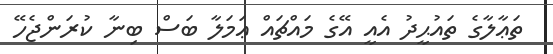
ތަޢާލާގެ ތައުޙީދު އެއީ އޭގެ މައްޗައް ޢަމަލާ ބަސް ބިނާ ކުރަންޖެހޭ